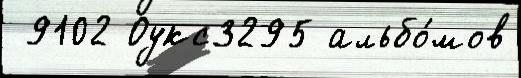
 9102 Оукс3295 альбо́мов